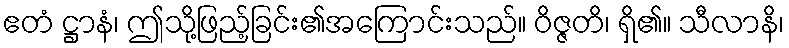
ဧတံ ဋ္ဌာနံ၊ ဤသို့ဖြည့်ခြင်း၏အကြောင်းသည်။ ဝိဇ္ဇတိ၊ ရှိ၏။ သီလာနိ၊